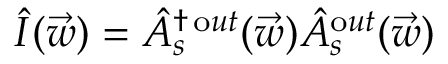
\hat { I } ( \vec { w } ) = \hat { A } _ { s } ^ { \dagger \, \mathrm o u t } ( \vec { w } ) \hat { A } _ { s } ^ { \mathrm o u t } ( \vec { w } )